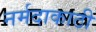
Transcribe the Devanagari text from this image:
नर्मदाकाठी